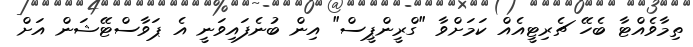
ތިމާވެއްޓާ ބެހޭ ޗެރިޓީއެއް ކަމަށްވާ "ގްރީންޕީސް" އިން ބުނެފައިވަނީ އެ ޕަވާސްޓޭޝަން އަށް